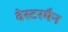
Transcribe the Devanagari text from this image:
वेस्टरमैन